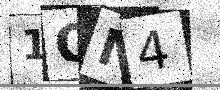
Text: 1QN4